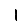
Digit: 1